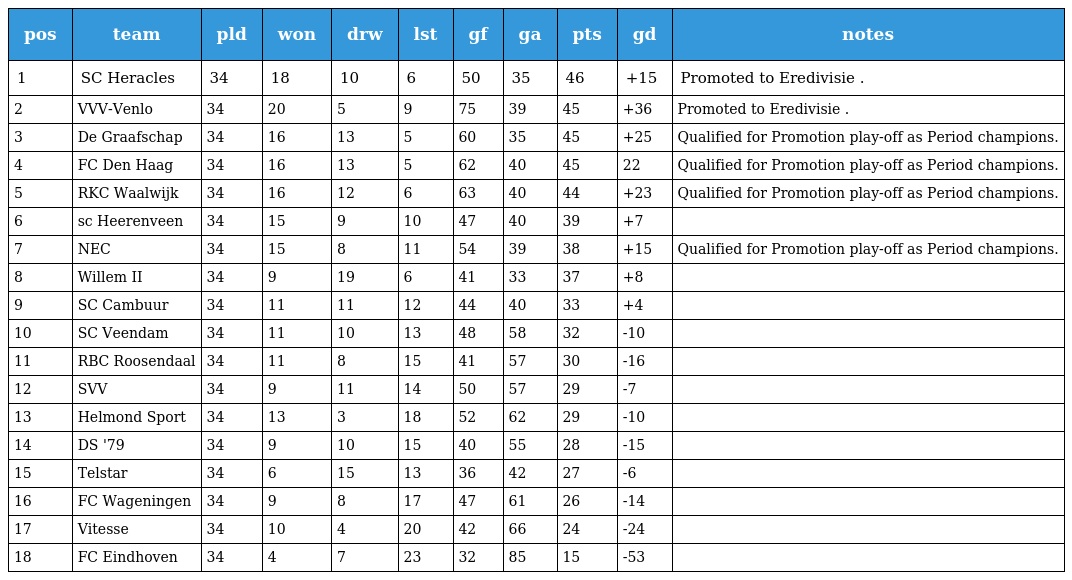
| pos | team | pld | won | drw | lst | gf | ga | pts | gd | notes |
 | --- | --- | --- | --- | --- | --- | --- | --- | --- | --- | --- |
 | 1 | SC Heracles | 34 | 18 | 10 | 6 | 50 | 35 | 46 | +15 | Promoted to Eredivisie . |
 | 2 | VVV-Venlo | 34 | 20 | 5 | 9 | 75 | 39 | 45 | +36 | Promoted to Eredivisie . |
 | 3 | De Graafschap | 34 | 16 | 13 | 5 | 60 | 35 | 45 | +25 | Qualified for Promotion play-off as Period champions. |
 | 4 | FC Den Haag | 34 | 16 | 13 | 5 | 62 | 40 | 45 | 22 | Qualified for Promotion play-off as Period champions. |
 | 5 | RKC Waalwijk | 34 | 16 | 12 | 6 | 63 | 40 | 44 | +23 | Qualified for Promotion play-off as Period champions. |
 | 6 | sc Heerenveen | 34 | 15 | 9 | 10 | 47 | 40 | 39 | +7 |  |
 | 7 | NEC | 34 | 15 | 8 | 11 | 54 | 39 | 38 | +15 | Qualified for Promotion play-off as Period champions. |
 | 8 | Willem II | 34 | 9 | 19 | 6 | 41 | 33 | 37 | +8 |  |
 | 9 | SC Cambuur | 34 | 11 | 11 | 12 | 44 | 40 | 33 | +4 |  |
 | 10 | SC Veendam | 34 | 11 | 10 | 13 | 48 | 58 | 32 | -10 |  |
 | 11 | RBC Roosendaal | 34 | 11 | 8 | 15 | 41 | 57 | 30 | -16 |  |
 | 12 | SVV | 34 | 9 | 11 | 14 | 50 | 57 | 29 | -7 |  |
 | 13 | Helmond Sport | 34 | 13 | 3 | 18 | 52 | 62 | 29 | -10 |  |
 | 14 | DS '79 | 34 | 9 | 10 | 15 | 40 | 55 | 28 | -15 |  |
 | 15 | Telstar | 34 | 6 | 15 | 13 | 36 | 42 | 27 | -6 |  |
 | 16 | FC Wageningen | 34 | 9 | 8 | 17 | 47 | 61 | 26 | -14 |  |
 | 17 | Vitesse | 34 | 10 | 4 | 20 | 42 | 66 | 24 | -24 |  |
 | 18 | FC Eindhoven | 34 | 4 | 7 | 23 | 32 | 85 | 15 | -53 |  |